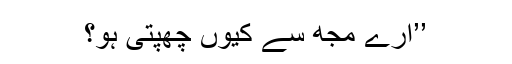
’’ارے مجھ سے کیوں چھپتی ہو؟